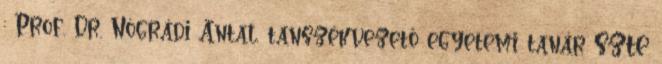
: Prof. Dr. Nógrádi Antal, tanszékvezető egyetemi tanár SZTE